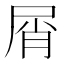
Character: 屑